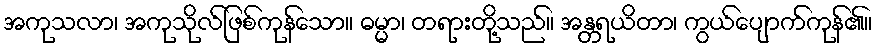
အကုသလာ၊ အကုသိုလ်ဖြစ်ကုန်သော။ ဓမ္မာ၊ တရားတို့သည်။ အန္တရယိတာ၊ ကွယ်ပျောက်ကုန်၏။